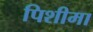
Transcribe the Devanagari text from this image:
पिशीमा